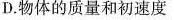
D.物体的质量和初速度